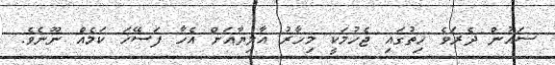
ސައުން ދެރަވެ ހިތުގައި ޖެހުމަކީ މިހާރު އާލިޔާއަށް އެހާ ފަސޭހަ ކަމެއް ނޫނެވެ.